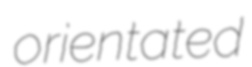
orientated